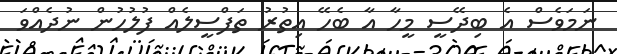
ނަމަވެސް އެ ބިދޭސީ މީހާ އާ ބެހޭ އިތުރު ތަފްސީލެއް ފުލުހުން ނުދެއްވަ